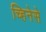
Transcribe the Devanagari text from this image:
च्हिनेसे